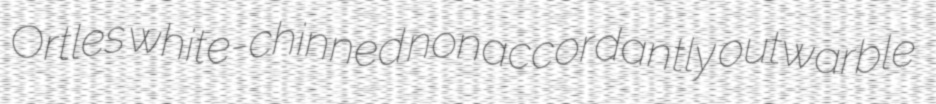
Ortles white-chinned nonaccordantly outwarble